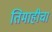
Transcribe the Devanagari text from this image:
तिमाहीचा